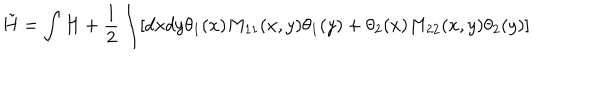
\tilde { H } = \int H + { \frac { 1 } { 2 } } \int [ d x d y \theta _ { 1 } ( x ) M _ { 1 1 } ( x , y ) \theta _ { 1 } ( y ) + \theta _ { 2 } ( x ) M _ { 2 2 } ( x , y ) \theta _ { 2 } ( y ) ]